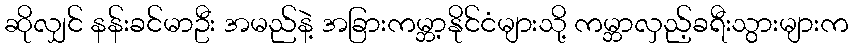
ဆိုလျှင် နန်းခင်မာဦး အမည်နဲ့ အခြားကမ္ဘာ့နိုင်ငံများသို့ ကမ္ဘာလှည့်ခရီးသွားများက